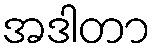
အဒါတာ